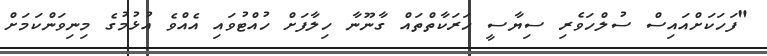
"ފަހަކަށްއައިސް ސުލްހަވެރި ސިޔާސީ ހަރަކާތްތައް ގާނޫނާ ހިލާފަށް ހުއްޓުވައި އެއްވެ އުޅުމުގެ މިނިވަންކަމަށް